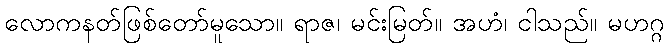
လောကနတ်ဖြစ်တော်မူသော။ ရာဇ၊ မင်းမြတ်။ အဟံ၊ ငါသည်။ မဟဂ္ဂ